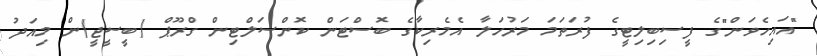
"އައިހެވަން"ގެ ފީސިބިލިޓީގެ ފުރަތަމަ މަރުހަލާ އެމެރިކާގެ ބޮސްޓަން ކޮންސަލްޓިން ގްރޫޕް (ބީސީޖީ)ން މިއަދު